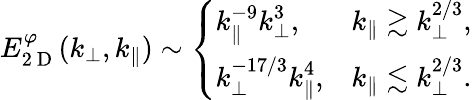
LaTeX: \begin{array}{r}{E_{2\mathrm{~D~}}^{\varphi}(k_{\perp},k_{\parallel})\sim\left\{ \begin{array}{ll}{\displaystyle k_{\parallel}^{-9}k_{\perp}^{3},}&{\displaystyle k_{\parallel}\gtrsim k_{\perp}^{2/3},}\\ {\displaystyle k_{\perp}^{-17/3}k_{\parallel}^{4},}&{\displaystyle k_{\parallel}\lesssim k_{\perp}^{2/3}.}\end{array}\right.}\end{array}